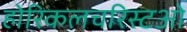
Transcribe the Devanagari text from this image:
होरिकलचरिस्टओ